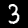
Digit: 3